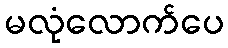
မလုံလောက်ပေ